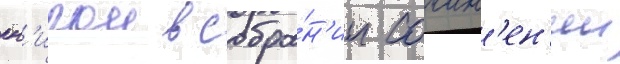
кн'игои в собра́н'ии сочин'ен'ии